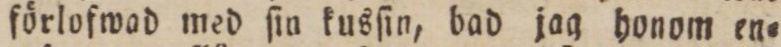
förlofwad med ſin kusſin, bad jag honom en=